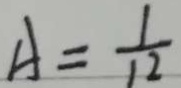
A = \frac { 1 } { 1 2 }